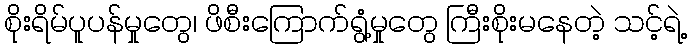
စိုးရိမ်ပူပန်မှုတွေ၊ ဖိစီးကြောက်ရွံ့မှုတွေ ကြီးစိုးမနေတဲ့ သင့်ရဲ့